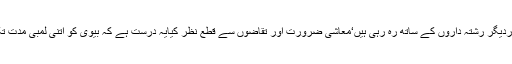
اوروہ اپنے ضعیف ساس سسر اوردیگر رشتہ داروں کے ساتھ رہ رہی ہیں‘معاشی ضرورت اور تقاضوں سے قطع نظر کیایہ درست ہے کہ بیوی کو اتنی لمبی مدت تک تنہا رہنے پرمجبورکیا جائے۔